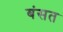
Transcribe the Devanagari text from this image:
बंसत